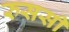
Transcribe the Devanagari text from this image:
रुससी